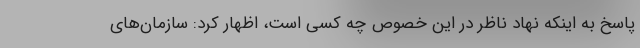
پاسخ به اینکه نهاد ناظر در این خصوص چه کسی است، اظهار کرد: سازمان‌های